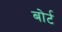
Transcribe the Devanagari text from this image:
बोर्ट